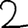
Digit: 2